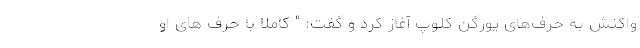
واکنش به حرف‌های یورگن کلوپ آغاز کرد و گفت: " کاملا با حرف های او